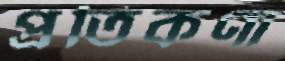
প্রতিকণা